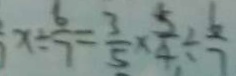
x \div \frac { 6 } { 7 } = \frac { 3 } { 5 } \times \frac { 5 } { 4 } \div \frac { 6 } { 7 }